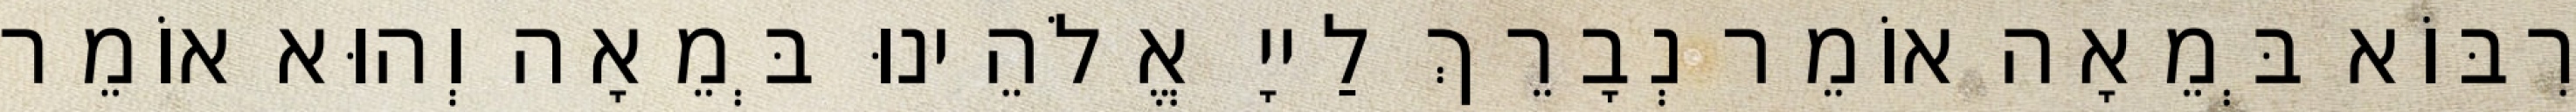
רִבּוֹא בְּמֵאָה אוֹמֵר נְבָרֵךְ לַייָ אֱלֹהֵינוּ בְּמֵאָה וְהוּא אוֹמֵר